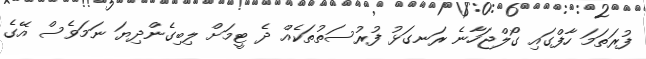
ފުރަތަމަ ހާފްގައި ގޯލްޖަހާނެ ރަނގަޅު ފުރުސަތުތަކެއް ދެ ޓީމަށް ލިބިގެންދިޔަ ނަމަވެސް އޭގެ